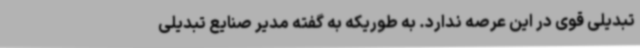
تبدیلی قوی در این عرصه ندارد. به طوریکه به گفته مدیر صنایع تبدیلی